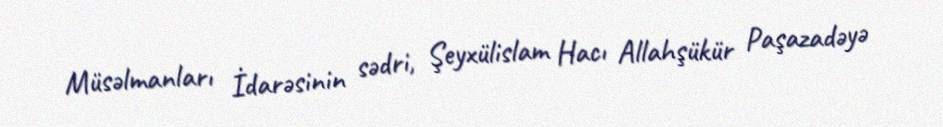
Müsəlmanları İdarəsinin sədri, Şeyxülislam Hacı Allahşükür Paşazadəyə